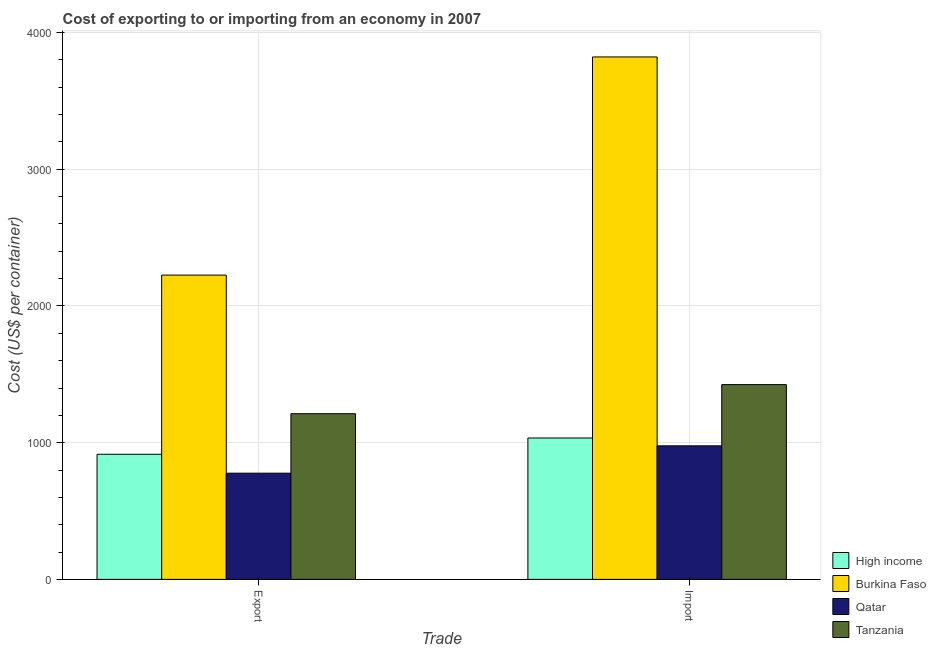
| Trade | High income | Burkina Faso | Qatar | Tanzania |
 | --- | --- | --- | --- | --- |
 | Export | 915 | 2.23e+03 | 777 | 1.21e+03 |
 | Import | 1.03e+03 | 3.82e+03 | 977 | 1.42e+03 |